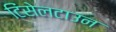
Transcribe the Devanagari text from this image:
टिंसेलटाउन